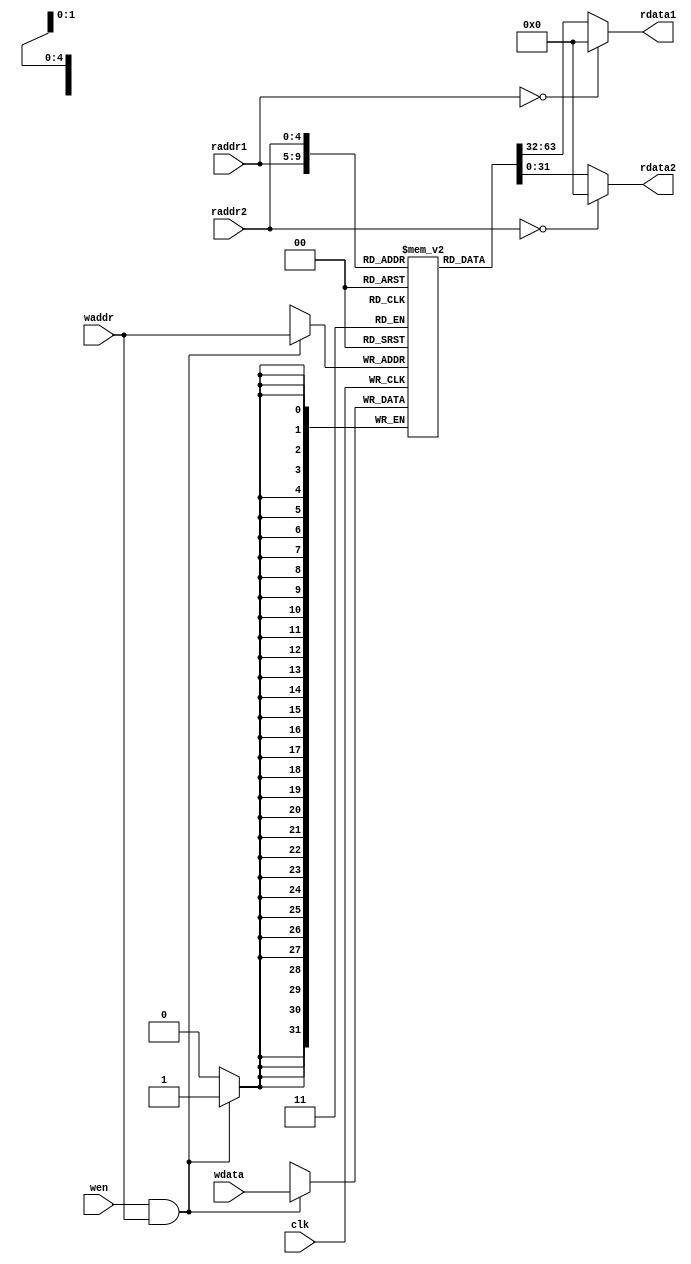
`timescale 10 ns / 1 ns

`define DATA_WIDTH 32
`define ADDR_WIDTH 5

module reg_file(
	input                       clk,
	input  [`ADDR_WIDTH - 1:0]  waddr,
	input  [`ADDR_WIDTH - 1:0]  raddr1,
	input  [`ADDR_WIDTH - 1:0]  raddr2,
	input                       wen,
	input  [`DATA_WIDTH - 1:0]  wdata,
	output [`DATA_WIDTH - 1:0]  rdata1,
	output [`DATA_WIDTH - 1:0]  rdata2
);

	reg [`DATA_WIDTH - 1:0] rf [`DATA_WIDTH - 1:0]; 	// declaration
	
	always @(posedge clk) begin 	// write using sequential logic
		if (wen && waddr) rf[waddr] <= wdata;
	end
	
	assign rdata1 = (raddr1 == 5'b0)? 32'b0: rf[raddr1]; 	// read using combinational logic
	assign rdata2 = (raddr2 == 5'b0)? 32'b0: rf[raddr2];
	
endmodule